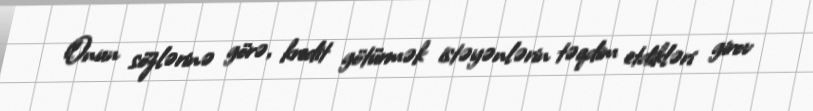
Onun sözlərinə görə, kredit götürmək istəyənlərin təqdim etdikləri girov